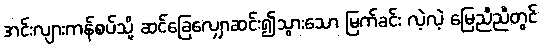
အင်းလျားကန်စပ်သို့ ဆင်ခြေလျှောဆင်း၍သွားသော မြက်ခင်း လဲ့လဲ့ မြေညီညီတွင်